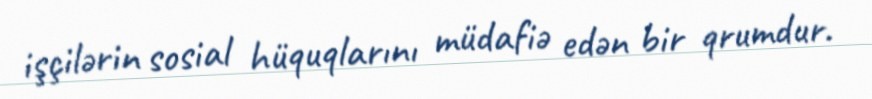
işçilərin sosial hüquqlarını müdafiə edən bir qrumdur.